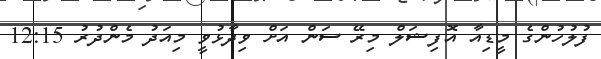
ފުލުހުންގެ މީޑިއާ އޮފިޝަލް މިރޭ ސަން އަށް ވިދާޅުވީ މިއަދު މެންދުރު 12:15